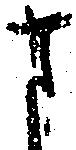
ま